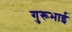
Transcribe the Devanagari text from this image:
गुरूभाई